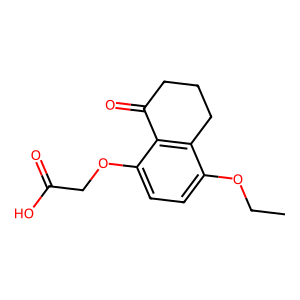
SMILES: CCOc1ccc(OCC(=O)O)c2c1CCCC2=O
Inhibits HIV replication: No